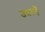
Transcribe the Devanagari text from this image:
उन्नतहैं